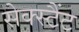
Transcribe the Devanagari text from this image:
सेक्स्टैंट